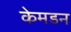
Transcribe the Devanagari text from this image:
केमडन